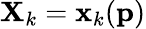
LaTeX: \mathbf{X}_{k}=\mathbf{x}_{k}(\mathbf{p})